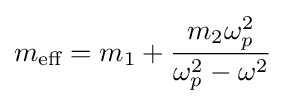
m_{\text{eff}}=m_{1}+{{m_{2}\omega _{p}^{2}} \over {\omega _{p}^{2}-\omega ^{2}}}